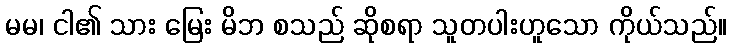
မမ၊ ငါ၏ သား မြေး မိဘ စသည် ဆိုစရာ သူတပါးဟူသော ကိုယ်သည်။